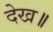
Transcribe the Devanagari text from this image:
देख॥